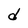
Character: d